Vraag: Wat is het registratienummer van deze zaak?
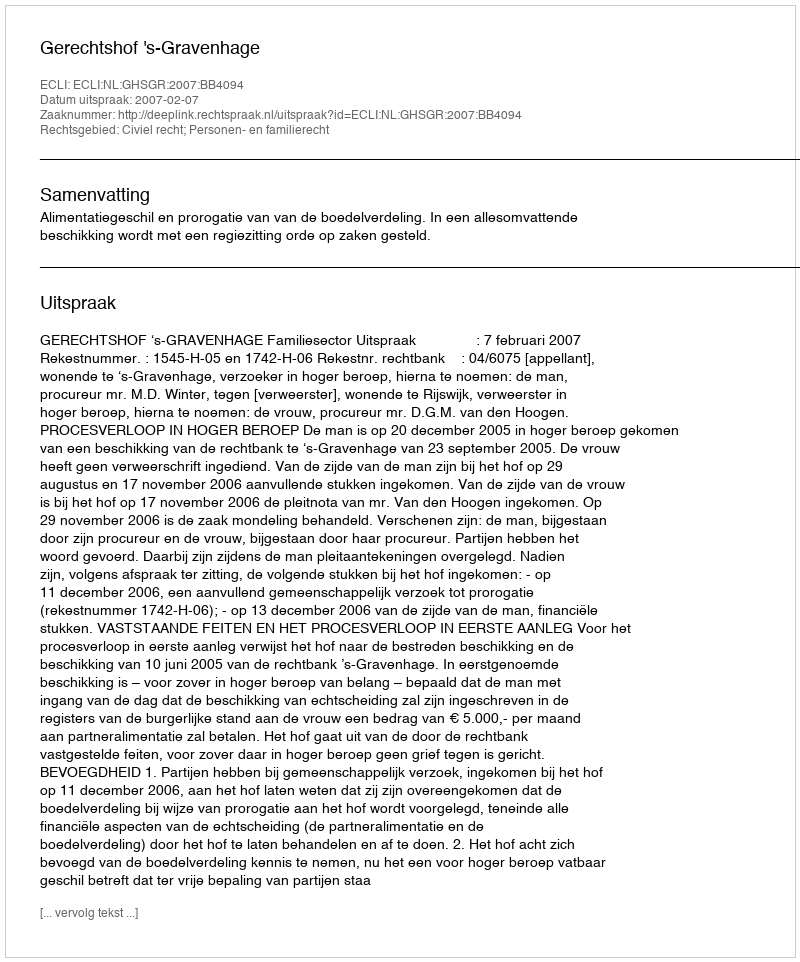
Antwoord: http://deeplink.rechtspraak.nl/uitspraak?id=ECLI:NL:GHSGR:2007:BB4094